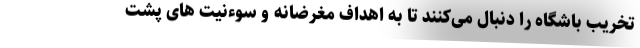
تخریب باشگاه را دنبال می‌کنند تا به اهداف مغرضانه و سوءنیت های پشت